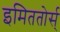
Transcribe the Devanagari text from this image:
इमिततोर्स्